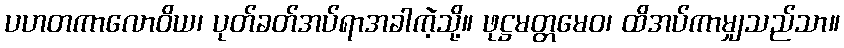
ပဟတကာလောဝိယ၊ ပုတ်ခတ်အပ်ရာအခါကဲ့သို့။ ဖုဋ္ဌမတ္တမေဝ၊ ထိအပ်ကာမျှသည်သာ။